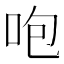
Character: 咆